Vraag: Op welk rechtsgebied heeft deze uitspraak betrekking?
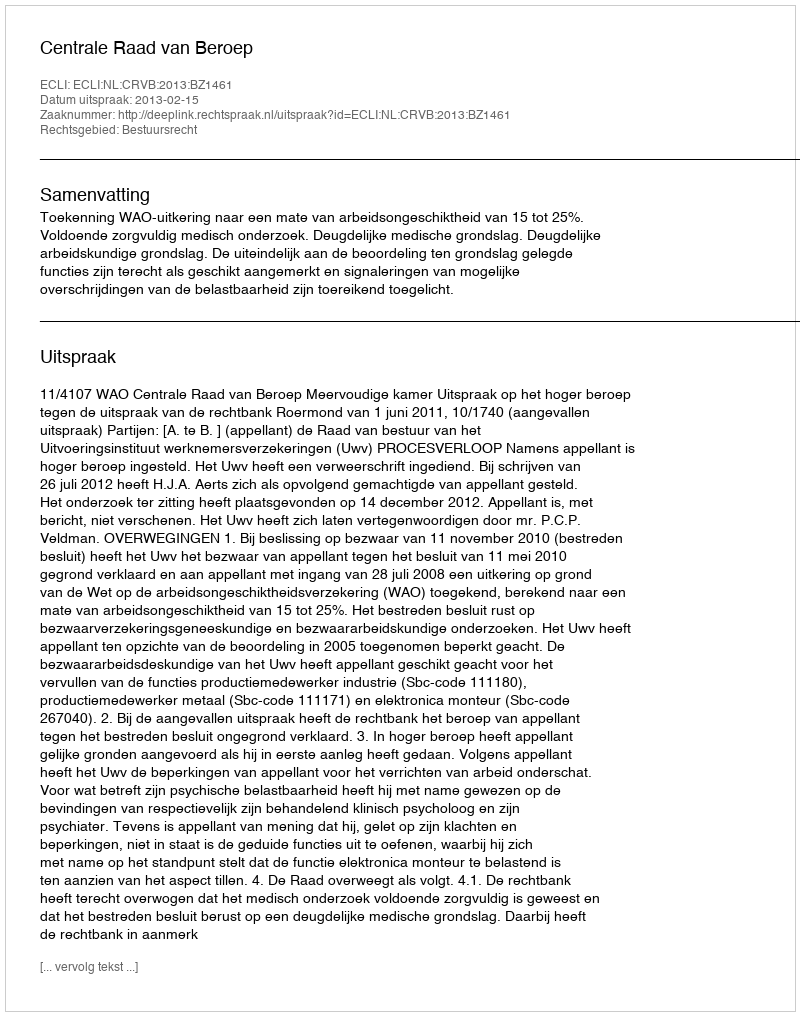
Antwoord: Bestuursrecht